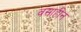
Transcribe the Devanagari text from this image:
वसाहीन